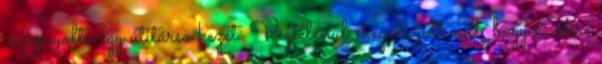
végignyalta egy útitársa kezét. Végtelenül megalázott volt. hogy Estire